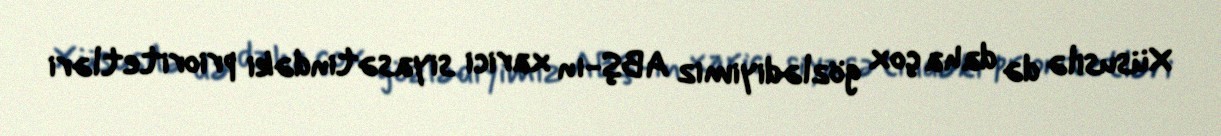
Xüsusilə də daha çox gözlədiyimiz ABŞ-ın xarici siyasətindəki prioritetləri